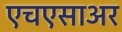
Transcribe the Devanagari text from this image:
एचएसाअर